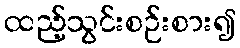
ထည့်သွင်းစဉ်းစား၍